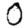
Digit: 0